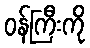
ဝန်ကြီးကို